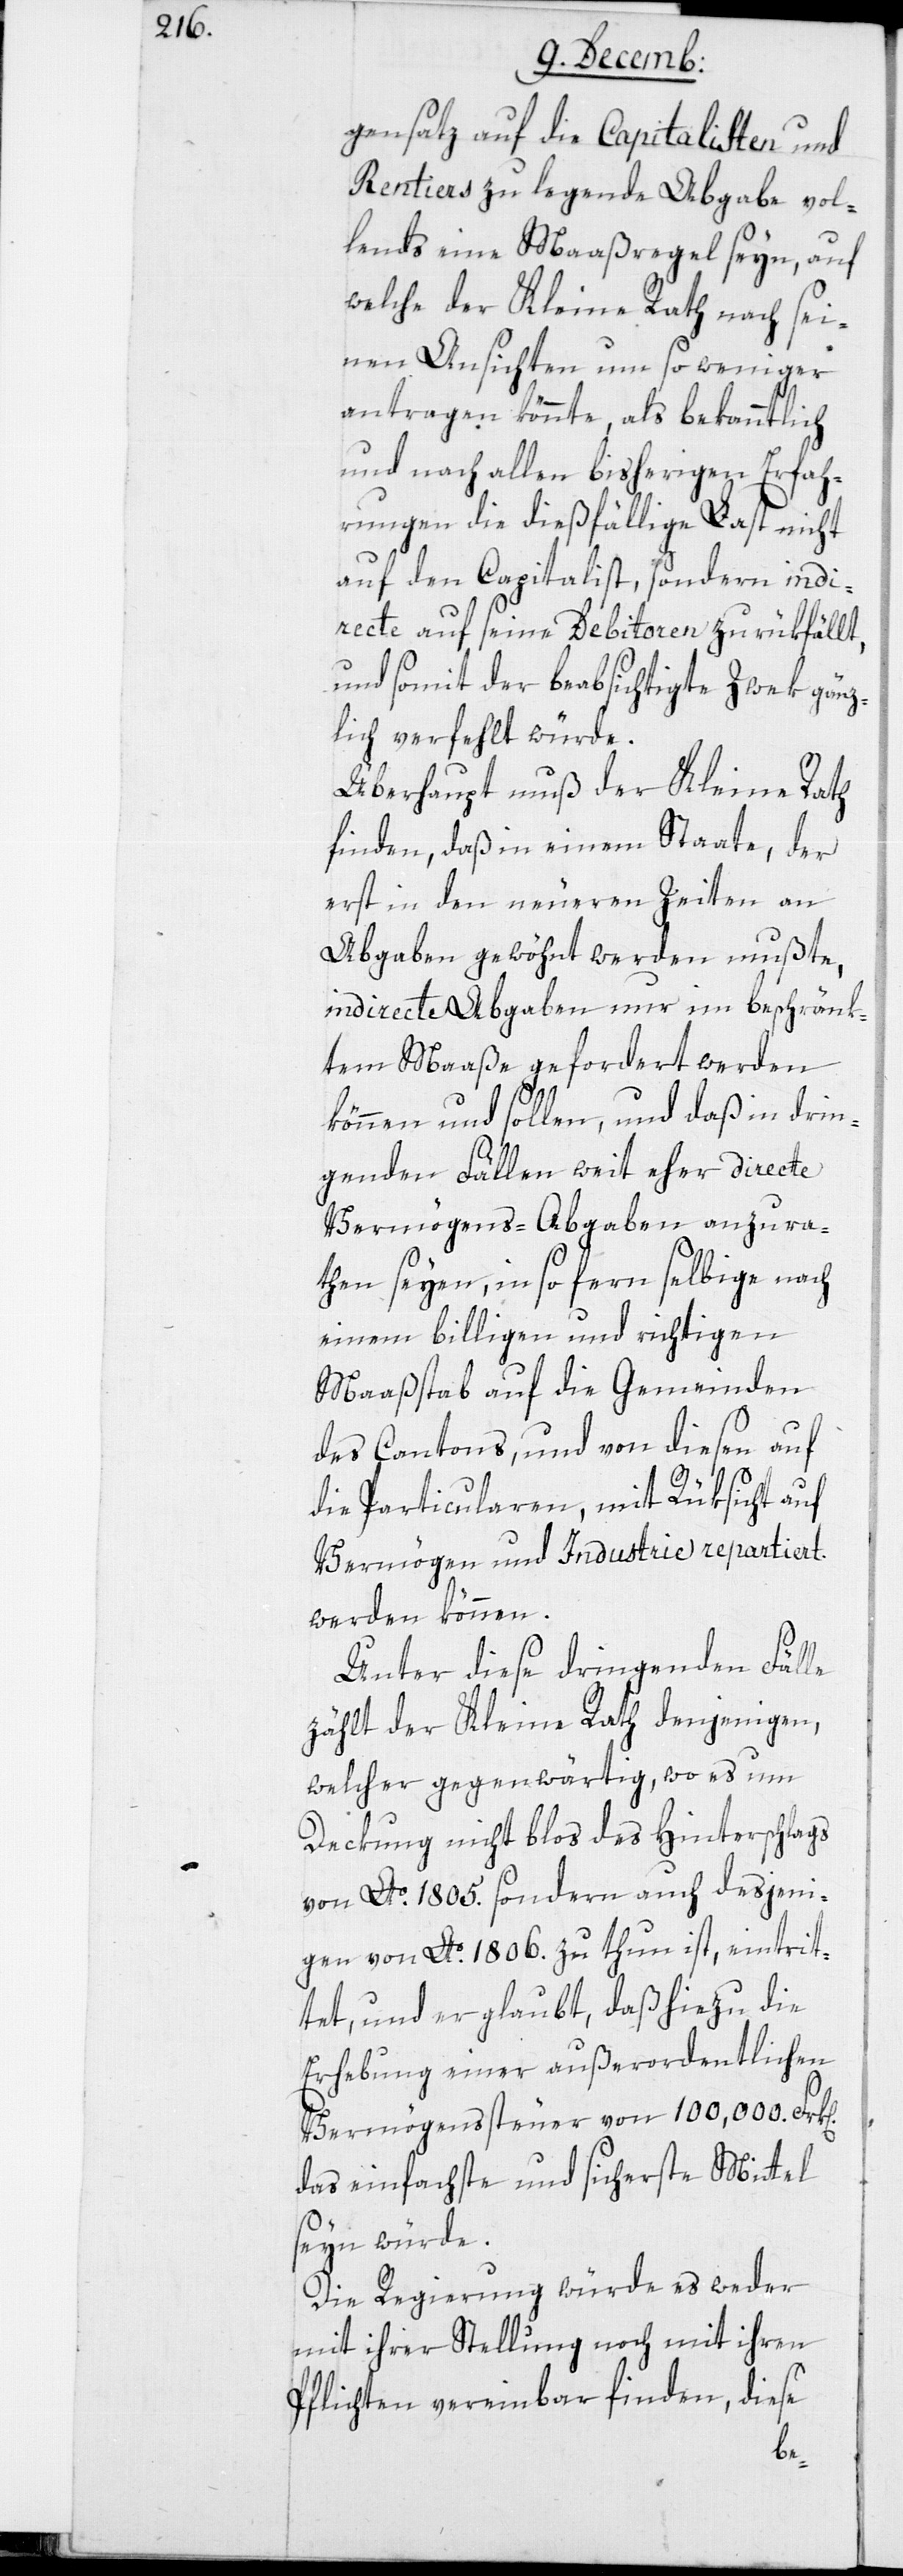
gensatz auf die Capitalisten und
Rentiers zu legende Abgabe vol¬
lends eine Maaßregel seyn, auf
welche der Kleine Rath nach sei¬
nen Ansichten um so weniger
antragen könnte, als bekanntlich
und nach allen bisherigen Erfah¬
rungen die dießfällige Last nicht
auf den Capitalist, sondern indi¬
recte auf seine Debitoren zurükfällt,
und somit der beabsichtigte Zwek gänz¬
lich verfehlt würde.
Überhaupt muß der Kleine Rath
finden, daß in einem Staate, der
erst in den neueren Zeiten an
Abgaben gewöhnt werden mußte,
indirecte Abgaben nur in beschränk¬
tem Maaße gefordert werden
können und sollen, und daß in drin¬
genden Fällen weit eher directe
Vermögens-Abgaben anzura¬
then seyen, in so fern selbige nach
einem billigen und richtigen
Maaßstab auf die Gemeinden
des Cantons, und von diesen auf
die Particularen, mit Rüksicht auf
Vermögen und Industrie repartiert
werden können.
Unter diese dringenden Fälle
zählt der Kleine Rath denjenigen,
welche gegenwärtig, wo es um
Deckung nicht bloß des Hinterschlags
von Ao. 1805. sondern auch desjeni¬
gen von Ao. 1806. zu thun ist, eintrit¬
tet, und er glaubt, daß hiezu die
Erhebung einer außerordentlichen
Vermögenssteuer von 100 000 Fr[an¬
das einfachste und sicherste Mittel
seyn würde.
Die Regierung würde es weder
mit ihrer Stellung noch mit ihren
Pflichten vereinbar finden, diese
ken]